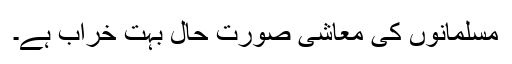
مسلمانوں کی معاشی صورت حال بہت خراب ہے۔